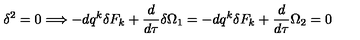
\delta ^ { 2 } = 0 \Longrightarrow - d q ^ { k } \delta F _ { k } + \frac { d } { d \tau } \delta \Omega _ { 1 } = - d q ^ { k } \delta F _ { k } + \frac { d } { d \tau } \Omega _ { 2 } = 0